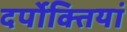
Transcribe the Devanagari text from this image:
दर्पोक्तियां